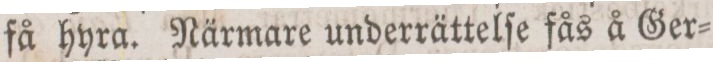
få hyra. Närmare underrättelſe fås å Ger=